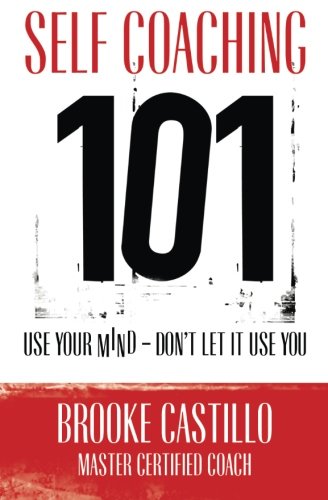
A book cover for Self Coaching 101; Brooke Castillo; Self-Help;